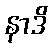
နာဒိ